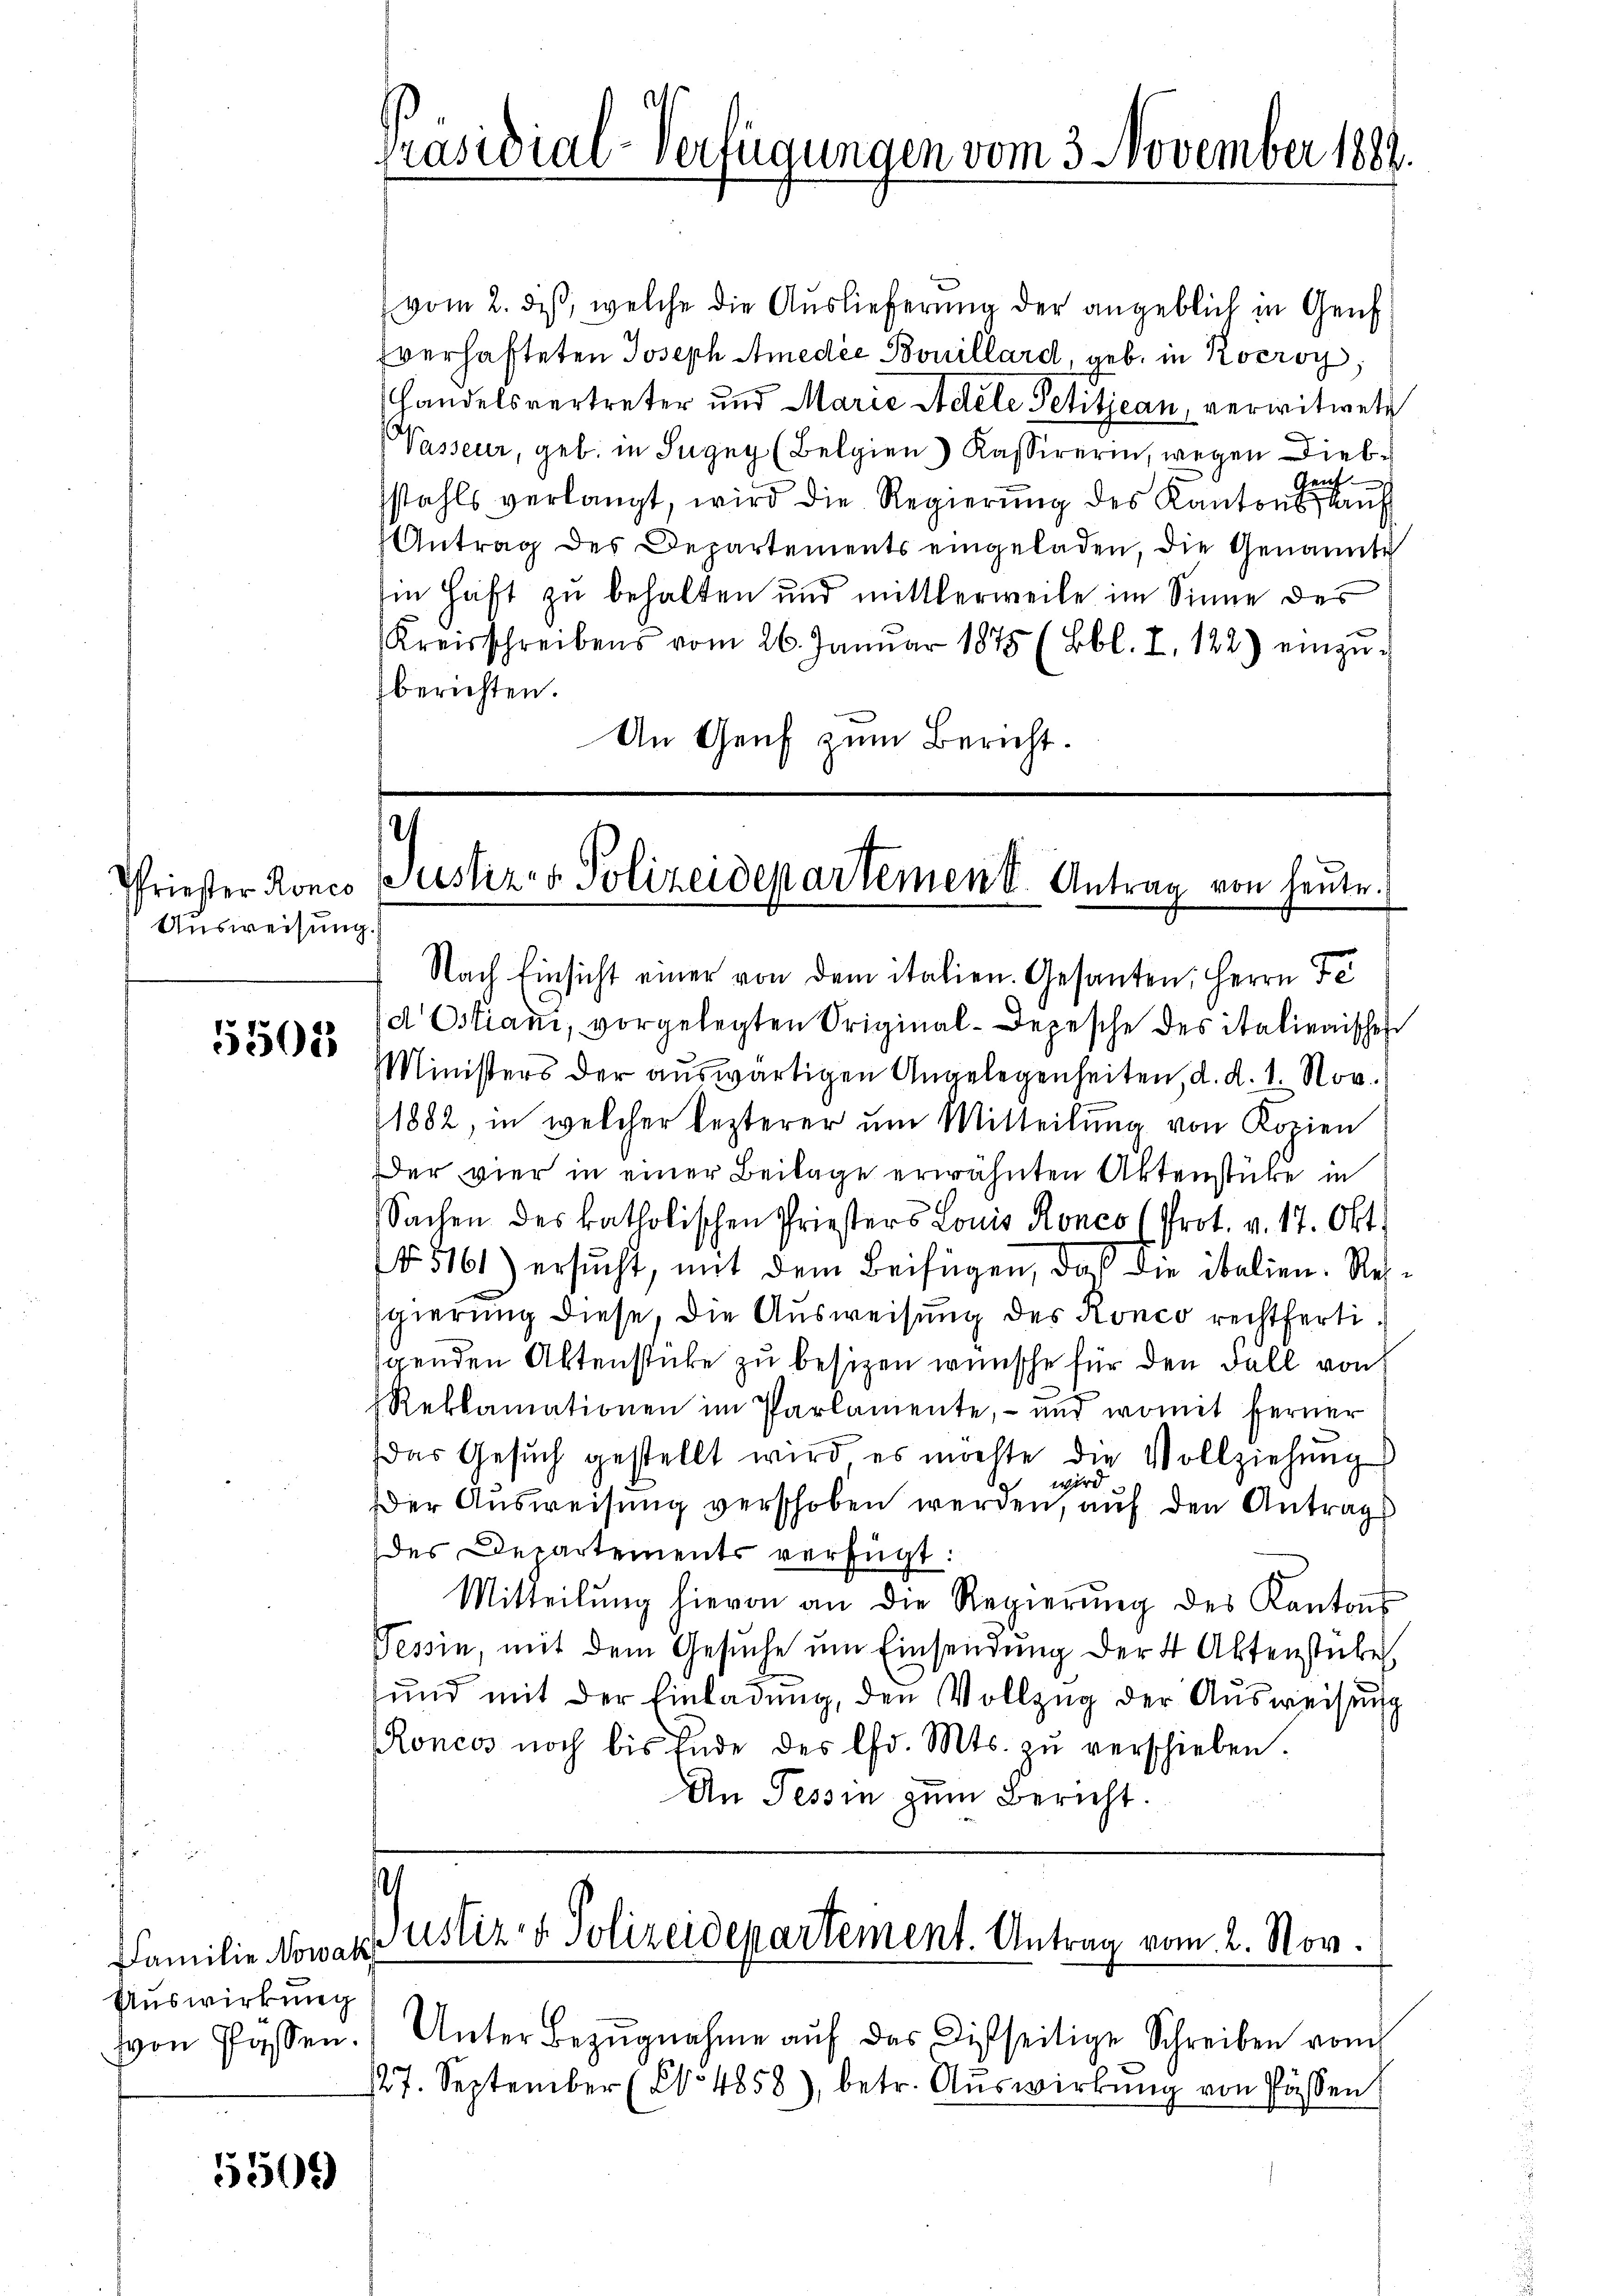
Ausweisung.

5502

Familie Nowak,
Auswirkung
von Pfossen.

5501)

(vom 2. des, welche die Auslieferung der angeblich in Genf
verhafteten Joseph Amedie Bouillard, geb. in Rocroy
Handelsvertreter und Marie Aetele Petitjean, verwitwete
Vasseur, geb. in Sugny (Belgien Kassirerin, wegen Dieblauf
stahls verlangt, wird die Regierŭng des Kantons Kaŭf
Antrag des Departements eingeladen, die Genannte
in Haft zu behalten und mittlerweile im Sinne des
Kreisschreibens vom 26. Januar 1875 (Bbl. I. 122) einzŭ-
berichten.
An Genf zum Bericht.

Präsidial-Verfügungen vom 3 November 1882.

/
Pfriester Rones Justiz- & Polizeidepartemen I. Antrag von heute.

Nach Einsicht einer von dem italien. Gesanten, Herrn Fe
d Ostiani, vorgelegten Original-Depesche des italienischen
Ministers der auswärtigen Angelegenheiten, d. d. 1. Nov.
1882, in welcher lezterer ŭm Mitteilŭng von Kopien
Der vier in einer Beilage erwähnten Aktenstücke in
Sachen des katholischen Priesters Louis Ronco (Prot. v. 17. Okt.
5161) ersucht, mit dem Beifügen, daß die italien. Rehsgierung diese, die Ausweisung des Ronco rechtfertigenden Aktenstücke zu besizen wünsche für den Fall von
Reklamationen im Parlamente, - und womit ferner
das Gesŭch gestellt wird es möchte die Vollziehŭng
wird
er Ausweisung verschoben werden, auf den Antrags
des Departements verfügt:
Mitteilŭng hievon an die Regierŭng des Kantons
Tessin, mit dem Gesŭche ŭm Einsendŭng der 4 Aktenstückel
ŭnd mit der Einladŭng, den Vollzug der Aŭsweisung
Roncos noch bis Ende des lfd. Mts. zŭ verschieben.
An Tessin zum Bericht.

.
Justiz- & Polizeidepartement. Antrag vom 2. Nov.

Unter Bezŭgnahme aŭf das Disseitige Schreiben vom
/27. September (§ 4858), betr. Auswirkung von Pässen